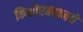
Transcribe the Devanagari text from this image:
किशोरवयामधे